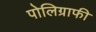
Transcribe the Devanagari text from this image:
पोलिग्राफी